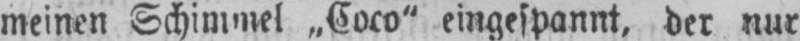
meinen Schimmel „Coco” eingespannt, der nur